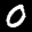
Label: 0